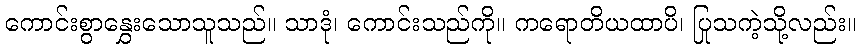
ကောင်းစွာနွှေးသောသူသည်။ သာဒုံ၊ ကောင်းသည်ကို။ ကရောတိယထာပိ၊ ပြုသကဲ့သို့လည်း။